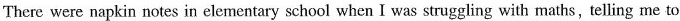
There were napkin notes in elementary school when I was struggling with maths,telling me to